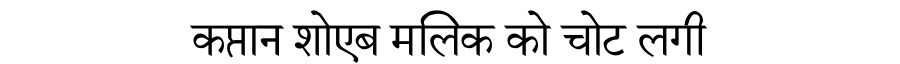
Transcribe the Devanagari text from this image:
कप्तान शोएब मलिक को चोट लगी